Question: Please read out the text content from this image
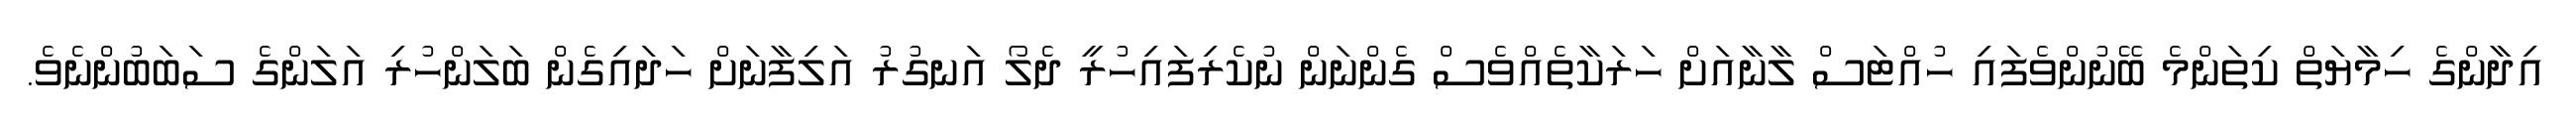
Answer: އިދާންގެ ހިމާޔަތް ކިތަންމެ ބޭނުންވެފައި ހުއްޓަސް ލާނާއަށް ހަރަކާތެއްވެސް ގެންނަން ނުކެރިފައިހުރީ ދެލޯ އަނގުރު އަލިފާނަށް ހަދައިގެން ބަލަންހުރި އަލަންގެ ސަބަބުންނެވެ.